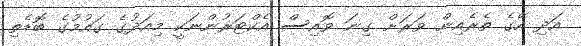
އަދި އޭގެ ތެރެއިން ވަރަށް ގިނަ ވޮއިސް އެކްޓަރުންނަކީ މިއަދުގެ ގައުމުގެ ބޮޑެތި